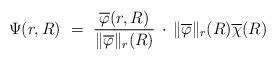
LaTeX: \begin{align*}\Psi (r, R)\ =\ \frac{\overline{\varphi}(r, R)}{\|\overline{\varphi}\|_{r}(R)}\, \cdot\,\|\overline{\varphi}\|_{r}(R)\overline{\chi}(R)\end{align*}